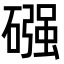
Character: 䃨